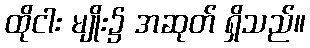
ထိုငါး မျိုး၌ အဆုတ် ရှိသည်။